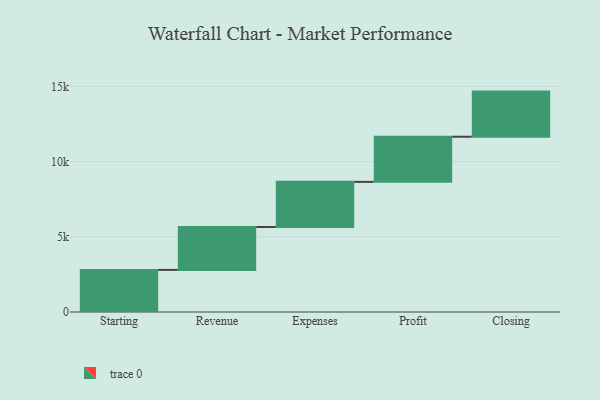
{"axis": {"x": "Step", "y": "Value"}, "legend": [""], "data": [{"x": "Starting", "y": 2798.0, "type": ""}, {"x": "Revenue", "y": 2852.0, "type": ""}, {"x": "Expenses", "y": 3000, "type": ""}, {"x": "Profit", "y": 3000, "type": ""}, {"x": "Closing", "y": 3000, "type": ""}]}